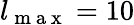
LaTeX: l_{\mathrm{~m~a~x~}}=10